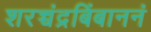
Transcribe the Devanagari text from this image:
शरच्चंद्रबिंबाननं